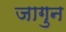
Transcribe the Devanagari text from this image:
जागुन